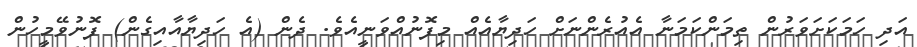
އަދި ހަމަކަށަވަރުން ތިމަންކަމަނާ އެއުރެންނަށް ހަދިޔާއެއް މިފޮނުއްވަނީއެވެ. ދެން (އެ ހަދިޔާއާއިގެން) ފޮނުވޭމީހުން